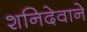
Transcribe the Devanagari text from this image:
शनिदेवाने